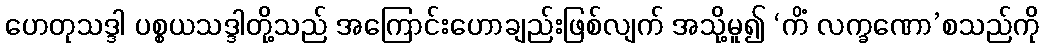
ဟေတုသဒ္ဒါ ပစ္စယသဒ္ဒါတို့သည် အကြောင်းဟောချည်းဖြစ်လျက် အသို့မူ၍ ‘ကိံ လက္ခဏော’စသည်ကို